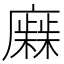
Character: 𢋹